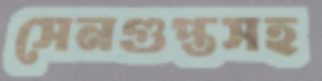
সেনগুপ্তসহ